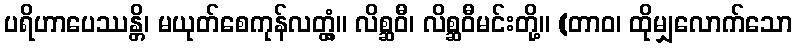
ပရိဟာပေဿန္တိ၊ မယုတ်စေကုန်လတ္တံ့။ လိစ္ဆဝီ၊ လိစ္ဆဝီမင်းတို့။ (တာဝ၊ ထိုမျှလောက်သော